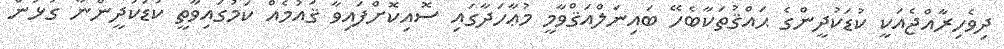
ދިވެހިރާއްޖެއަކީ ކުޑަކުދީންގެ ޙައްޤުތަކާބެހޭ ބައިނަލްއަޤްވާމީ މުޢާހަދާގައި ސޮއިކޮށްފައިވާ ޤައުމެއް ކަމުގައިވާތީ ކުޑަކުދީންނާ ގުޅުން